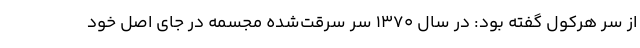
از سر هرکول گفته بود: در سال ۱۳۷۰ سر سرقت‌شده مجسمه در جای اصل خود